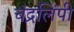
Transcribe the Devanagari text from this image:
चंद्रलिंपी